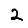
Digit: 2